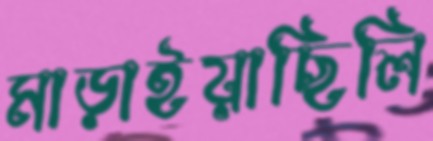
মাড়াইয়াছিলি